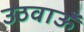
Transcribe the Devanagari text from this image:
उठवाऊँ